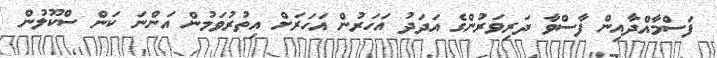
ފަސްމާއްދާއިން ފާސްވާ ދަރިވަރުންގެ އަދަދު އަަހަރުން އަހަރަށް އިތުރުވަމުން އަންނަ ކަން ސްކޫލުން